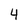
Character: 4